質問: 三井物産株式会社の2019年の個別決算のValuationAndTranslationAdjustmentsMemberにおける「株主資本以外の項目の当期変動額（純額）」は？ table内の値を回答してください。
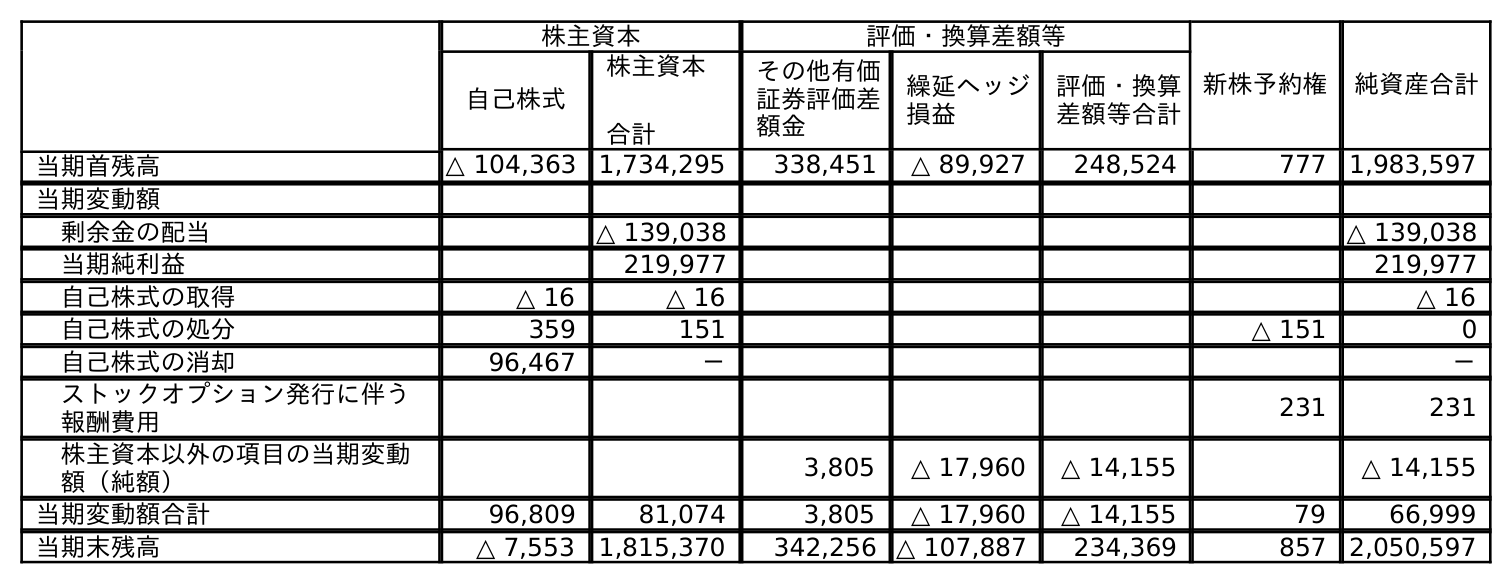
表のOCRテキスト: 株主資本 評価・換算差額等 新株予約権 純資産合計 自己株式 株主資本 合計 その他有価 証券評価差 額金 繰延ヘッジ 損益 評価・換算 差額等合計 当期首残高 △ 104,363 1,734,295 338,451 △ 89,927 248,524 777 1,983,597 当期変動額 剰余金の配当 △ 139,038 △ 139,038 当期純利益 219,977 219,977 自己株式の取得 △ 16 △ 16 △ 16 自己株式の処分 359 151 △ 151 0 自己株式の消却 96,467 － － ストックオプション発行に伴う 報酬費用 231 231 株主資本以外の項目の当期変動 額（純額） 3,805 △ 17,960 △ 14,155 △ 14,155 当期変動額合計 96,809 81,074 3,805 △ 17,960 △ 14,155 79 66,999 当期末残高 △ 7,553 1,815,370 342,256 △ 107,887 234,369 857 2,050,597
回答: △14,155